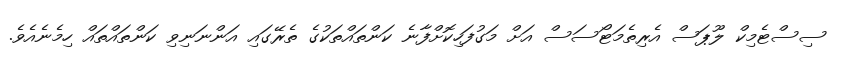
ސިސްޓެމިކް ލޫޕަސް އެރިތެމަޓޯސަސް އަށް މަގުފަހިކޮށްފާނެ ކަންތައްތަކުގެ ތެރޭގައި އަންނަނިވި ކަންތައްތައް ހިމެނެއެވެ.